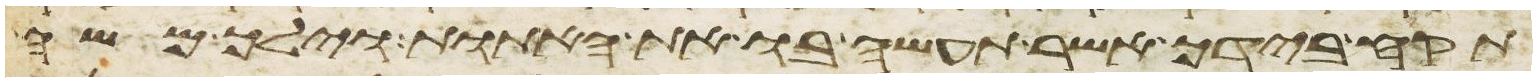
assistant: תקח בידך אשר תעשה בו את האתות וילך משה